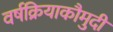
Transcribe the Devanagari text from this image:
वर्षक्रियाकौमुदी